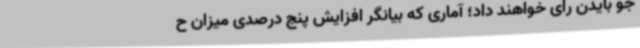
جو بایدن رای خواهند داد؛ آماری که بیانگر افزایش پنج درصدی میزان ح